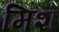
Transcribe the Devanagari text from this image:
मिश